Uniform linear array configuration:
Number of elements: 48
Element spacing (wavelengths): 1
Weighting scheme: cosine
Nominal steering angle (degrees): -45
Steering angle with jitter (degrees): -46.196
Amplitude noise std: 0.05
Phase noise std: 0.05

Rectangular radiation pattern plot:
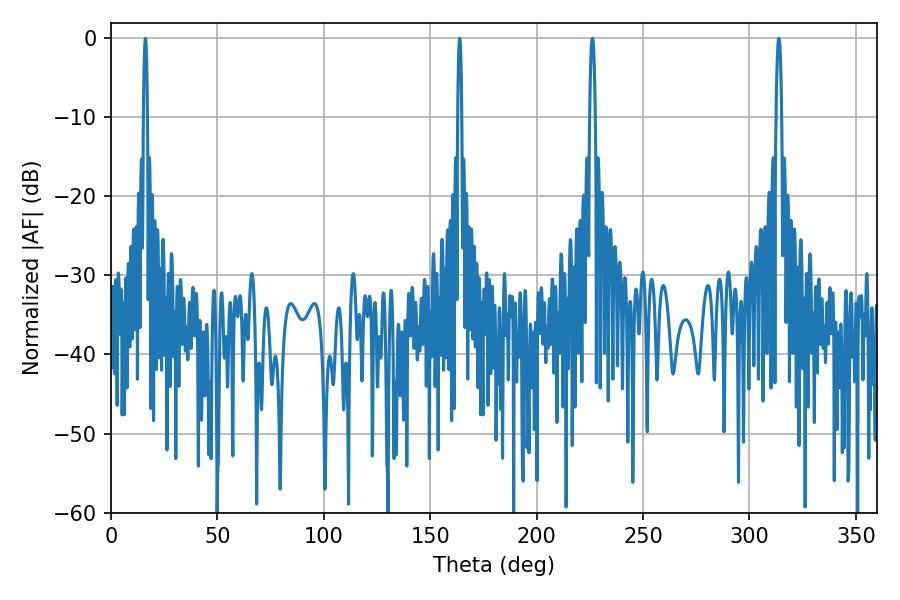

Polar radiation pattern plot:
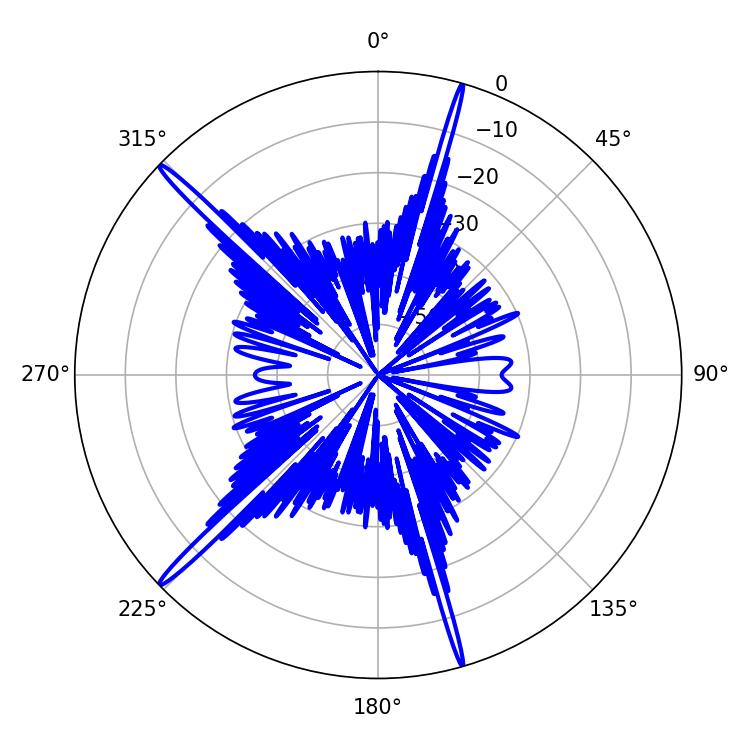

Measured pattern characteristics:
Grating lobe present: TRUE
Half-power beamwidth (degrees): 0.9
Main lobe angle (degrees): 163.8